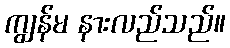
ကျွန်မ နားလည်သည်။